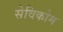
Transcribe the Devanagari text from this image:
सेविकोम